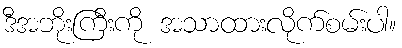
ဒီအဘိုးကြီးကို အသာထားလိုက်စမ်းပါ။